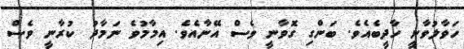
ހަވާލުވާނީ ހާދީބެއެވެ. ބަންގި ގޮވާނީ ވެސް އޭނާއެވެ. އިމާމުވެ ނަމާދު ކުރާނީ ވެސް